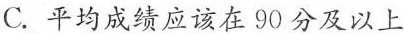
C.平均成绩应该在90分及以上